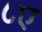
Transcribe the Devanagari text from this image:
८ए